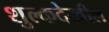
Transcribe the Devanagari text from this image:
शुल्कदेखील